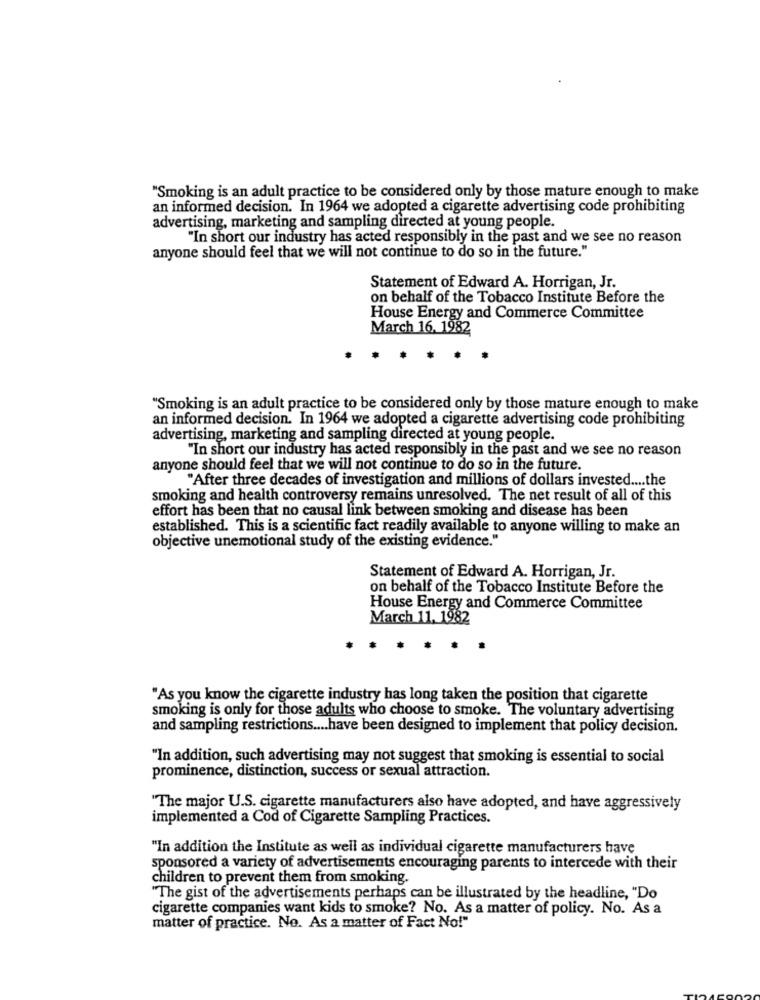
"Smoking is an adult practice to be considered only by those mature enough to make
an informed decision. In 1964 we adopted a cigarette advertising code prohibiting
advertising, marketing and sampling directed at young people.
"In short our industry has acted responsibly in the past and we see no reason
anyone should feel that we will not continue to do so in the future."
Statement of Edward A. Horrigan, Jr.
on behalf of the Tobacco Institute Before the
House Energy and Commerce Committee
March 16. 1982
"Smoking is an adult practice to be considered only by those mature enough to make
an informed decision. In 1964 we adopted a cigarette advertising code prohibiting
advertising, marketing and sampling directed at young people.
"In short our industry has acted responsibly in the past and we see no reason
anyone should feel that we will not continue to do so in the future.
"After three decades of investigation and millions of dollars invested .... the
smoking and health controversy remains unresolved. The net result of all of this
effort has been that no causal link between smoking and disease has been
established. This is a scientific fact readily available to anyone willing to make an
objective unemotional study of the existing evidence."
Statement of Edward A. Horrigan, Jr.
on behalf of the Tobacco Institute Before the
House Energy and Commerce Committee
March 11, 1982
"As you know the cigarette industry has long taken the position that cigarette
smoking is only for those adults who choose to smoke. The voluntary advertising
and sampling restrictions .... have been designed to implement that policy decision.
"In addition, such advertising may not suggest that smoking is essential to social
prominence, distinction, success or sexual attraction.
"The major U.S. cigarette manufacturers also have adopted, and have aggressively
implemented a Cod of Cigarette Sampling Practices.
"In addition the Institute as well as individual cigarette manufacturers have
sponsored a variety of advertisements encouraging parents to intercede with their
children to prevent them from smoking.
"The gist of the advertisements perhaps can be illustrated by the headline, "Do
cigarette companies want kids to smoke? No. As a matter of policy. No. As a
matter of practice. No. As a matter of Fact No!"